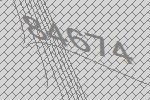
84674